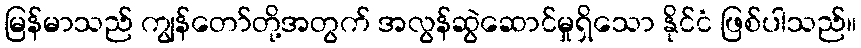
မြန်မာသည် ကျွန်တော်တို့အတွက် အလွန်ဆွဲဆောင်မှုရှိသော နိုင်ငံ ဖြစ်ပါသည်။